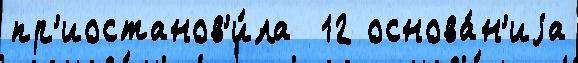
пр'иостанов'и́ла  12 основа́н'иjа